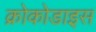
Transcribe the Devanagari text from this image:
क्रोकोडाइस